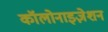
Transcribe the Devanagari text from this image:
कॉलोनाइज़ेशन